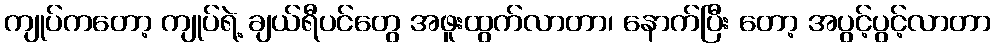
ကျုပ်ကတော့ ကျုပ်ရဲ့ ချယ်ရီပင်တွေ အဖူးထွက်လာတာ၊ နောက်ပြီး တော့ အပွင့်ပွင့်လာတာ